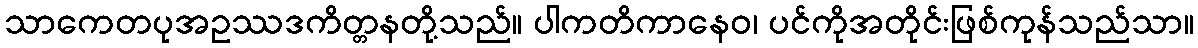
သာကေတပုအဥဿဒကိတ္တနတို့သည်။ ပါကတိကာနေဝ၊ ပင်ကိုအတိုင်းဖြစ်ကုန်သည်သာ။